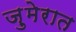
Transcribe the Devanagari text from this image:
ज़ुमेरात